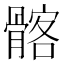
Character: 髂